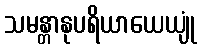
သမန္တာနုပရိယာယေယျုံ